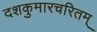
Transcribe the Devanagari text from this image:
दशकुमारचरितम्